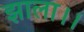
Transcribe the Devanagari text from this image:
झाला।।